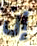
إن